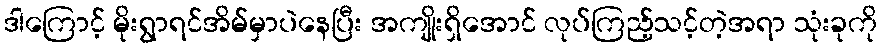
ဒါကြောင့် မိုးရွာရင်အိမ်မှာပဲနေပြီး အကျိုးရှိအောင် လုပ်ကြည့်သင့်တဲ့အရာ သုံးခုကို